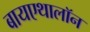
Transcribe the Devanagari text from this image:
बायएथालॉन